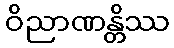
ဝိညာဏန္တိဿ